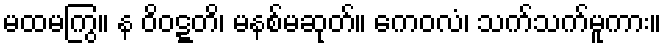
မထမကြွ။ န ဝိဝဋ္ဋတိ၊ မနစ်မဆုတ်။ ကေဝလံ၊ သက်သက်မူကား။